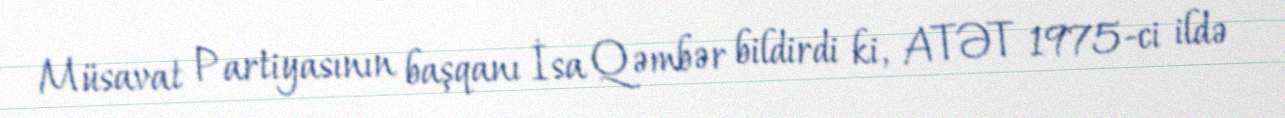
Müsavat Partiyasının başqanı İsa Qəmbər bildirdi ki, ATƏT 1975-ci ildə